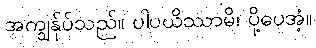
အကျွန်ုပ်သည်။ ပါပယိဿာမိ၊ ပို့ပေအံ့။